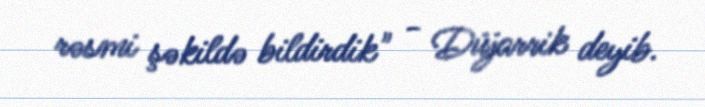
rəsmi şəkildə bildirdik" - Düjarrik deyib.